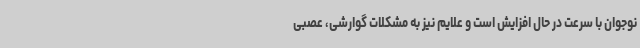
نوجوان با سرعت در حال افزایش است و علایم نیز به مشکلات گوارشی، عصبی